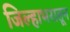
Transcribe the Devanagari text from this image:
जिल्हाभरातून